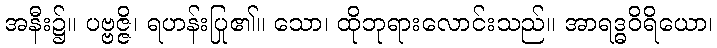
အနီး၌။ ပဗ္ဗဇ္ဇိ၊ ရဟန်းပြု၏။ သော၊ ထိုဘုရားလောင်းသည်။ အာရဒ္ဓဝိရိယော၊